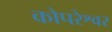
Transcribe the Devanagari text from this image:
कोपरेश्वर